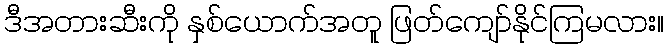
ဒီအတားဆီးကို နှစ်ယောက်အတူ ဖြတ်ကျော်နိုင်ကြမလား။